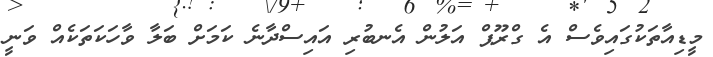
މީޑިއާތަކުގައިވެސް އެ ގްރޫޕް އަލުން އެނބުރި އައިސްދާނެ ކަމަށް ބަލާ ވާހަކަތަކެއް ވަނީ